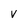
Character: v